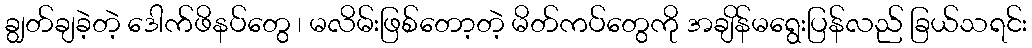
ချွတ်ချခဲ့တဲ့ ဒေါက်ဖိနပ်တွေ ၊ မလိမ်းဖြစ်တော့တဲ့ မိတ်ကပ်တွေကို အချိန်မရွေးပြန်လည် ခြယ်သရင်း